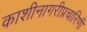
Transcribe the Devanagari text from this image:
काशीनागरीप्रचारिणी